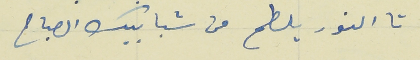
تا النور يلطح من شبابيك الصباح